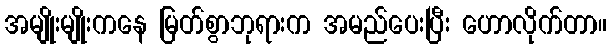
အမျိုးမျိုးကနေ မြတ်စွာဘုရားက အမည်ပေးပြီး ဟောလိုက်တာ။